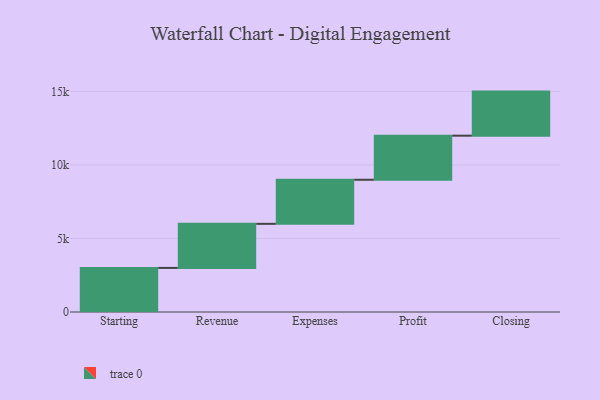
{"axis": {"x": "Step", "y": "Value"}, "legend": [""], "data": [{"x": "Starting", "y": 3000, "type": ""}, {"x": "Revenue", "y": 3000, "type": ""}, {"x": "Expenses", "y": 3000, "type": ""}, {"x": "Profit", "y": 3000, "type": ""}, {"x": "Closing", "y": 3000, "type": ""}]}